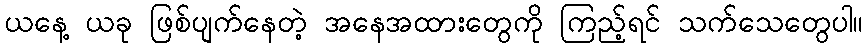
ယနေ့ ယခု ဖြစ်ပျက်နေတဲ့ အနေအထားတွေကို ကြည့်ရင် သက်သေတွေပါ။